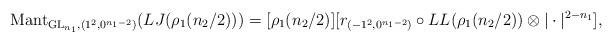
LaTeX: \begin{align*}\mathrm{Mant}_{\mathrm{GL}_{n_1}, (1^2, 0^{n_1-2})}(LJ (\rho_1(n_2/2)))=[\rho_1(n_2/2)][r_{(-1^2, 0^{n_1-2})} \circ LL(\rho_1(n_2/2))\otimes |\cdot |^{2-n_1}],\end{align*}